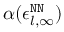
\alpha ( \epsilon _ { l , \infty } ^ { \tt N N } )